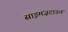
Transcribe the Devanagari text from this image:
साइमंज़टाऊन